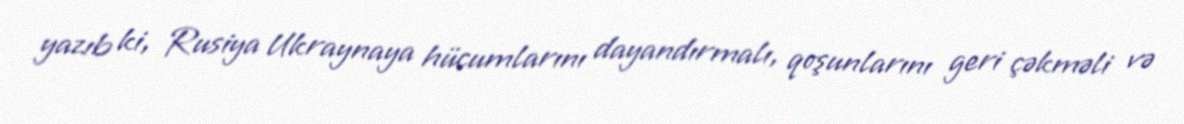
yazıb ki, Rusiya Ukraynaya hücumlarını dayandırmalı, qoşunlarını geri çəkməli və